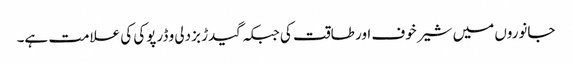
جانوروں میں شیر خوف اور طاقت کی جبکہ گیدڑ بزدلی و ڈرپوکی کی علامت ہے۔